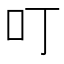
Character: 叮